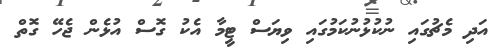
އަދި މެޗުގައި ނުކުޅުނުކަމުގައި ވިޔަސް ޓީމާ އެކު ގޮސް އުޅެން ޖެހޭ ގޮތް